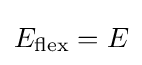
E_{\mathrm {flex} }=E